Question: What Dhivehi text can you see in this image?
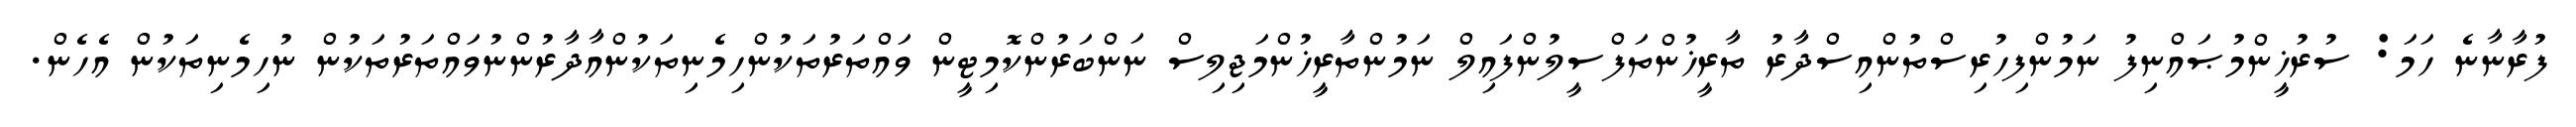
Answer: ފުރާނާނެ ހަމަ: ސުރުޚީންމުޞައްނިފު ނަމުންފިހުރިސްތުންއިސްދާރު ތާރީޚުންތަފްސީލުންފައިލް ނަމުންތާރީޚުންމަޖިލިސް ނަންބަރުންކޮމިޓީން ވައްތަރުތަކުންހިމެނިތަކުންއާދާރުންނުވައްތަރުތަކުން ނުހިމެނިތަކުން އެހެން.